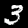
Label: 3